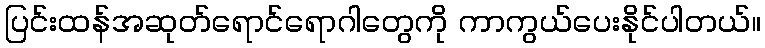
ပြင်းထန်အဆုတ်ရောင်ရောဂါတွေကို ကာကွယ်ပေးနိုင်ပါတယ်။